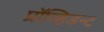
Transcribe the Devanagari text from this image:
प्रॉव्हिडन्ट